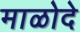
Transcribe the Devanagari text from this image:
माळोदे